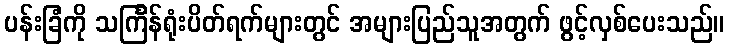
ပန်းခြံကို သင်္ကြန်ရုံးပိတ်ရက်များတွင် အများပြည်သူအတွက် ဖွင့်လှစ်ပေးသည်။